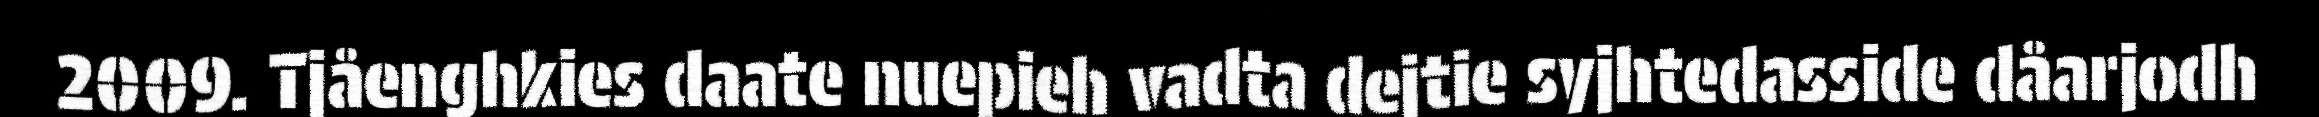
2009. Tjåenghkies daate nuepieh vadta dejtie syjhtedasside dåarjodh